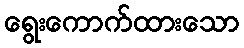
ရွေးကောက်ထားသော